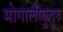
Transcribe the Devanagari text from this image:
मोगालीकुदुरु